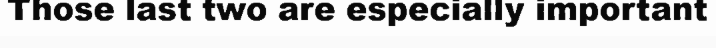
Those last two are especially important